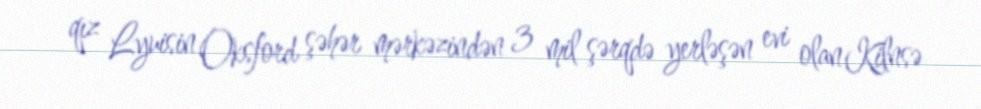
qız Lyuisin Oksford şəhər mərkəzindən 3 mil şərqdə yerləşən evi olan Kilnsə